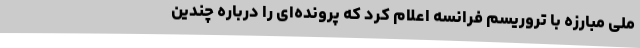
ملی مبارزه با تروریسم فرانسه اعلام کرد که پرونده‌ای را درباره چندین